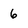
Character: 6